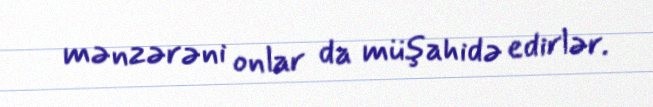
mənzərəni onlar da müşahidə edirlər.